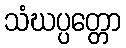
သံဃပ္ပတ္တော